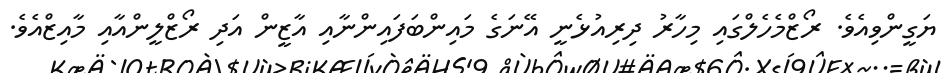
ޔަގީންވިއެވެ. ރޯޒްމެހެލްގައި މިހާރު ދިރިއުޅެނީ އޭނަގެ މައިންބަފައިންނާއި އާޒީން އަދި ރޯޒްލީންއާއި މާއިޒްއެވެ.